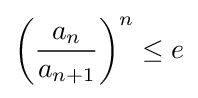
\left({\frac {a_{n}}{a_{n+1}}}\right)^{n}\leq e